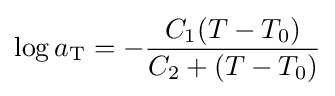
\log a_{\rm {T}}=-{\frac {C_{1}(T-T_{0})}{C_{2}+(T-T_{0})}}